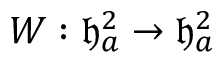
W : \mathfrak { h } _ { a } ^ { 2 } \to \mathfrak { h } _ { a } ^ { 2 }